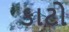
કાટો